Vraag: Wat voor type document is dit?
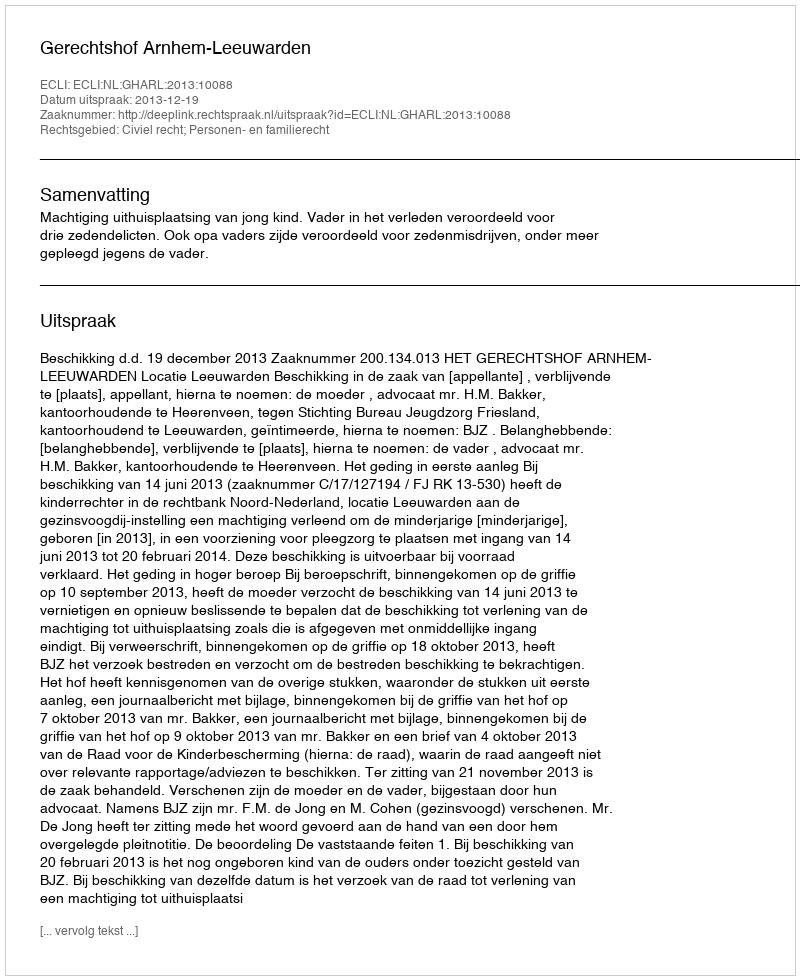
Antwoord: Uitspraak